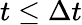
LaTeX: t\le\Delta t